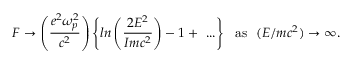
F \to \left( { \frac { e ^ { 2 } \omega _ { p } ^ { 2 } } { c ^ { 2 } } } \right) \left\{ l n \left( { \frac { 2 E ^ { 2 } } { I m c ^ { 2 } } } \right) - 1 + \ . . . \right\} \ \ \mathrm { a s } \ \ ( E / m c ^ { 2 } ) \to \infty .